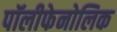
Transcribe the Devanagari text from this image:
पॉलीफेनोलिक